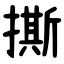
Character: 撕